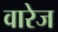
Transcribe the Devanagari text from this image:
वारेज